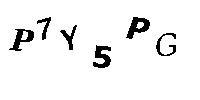
P7Y5PG